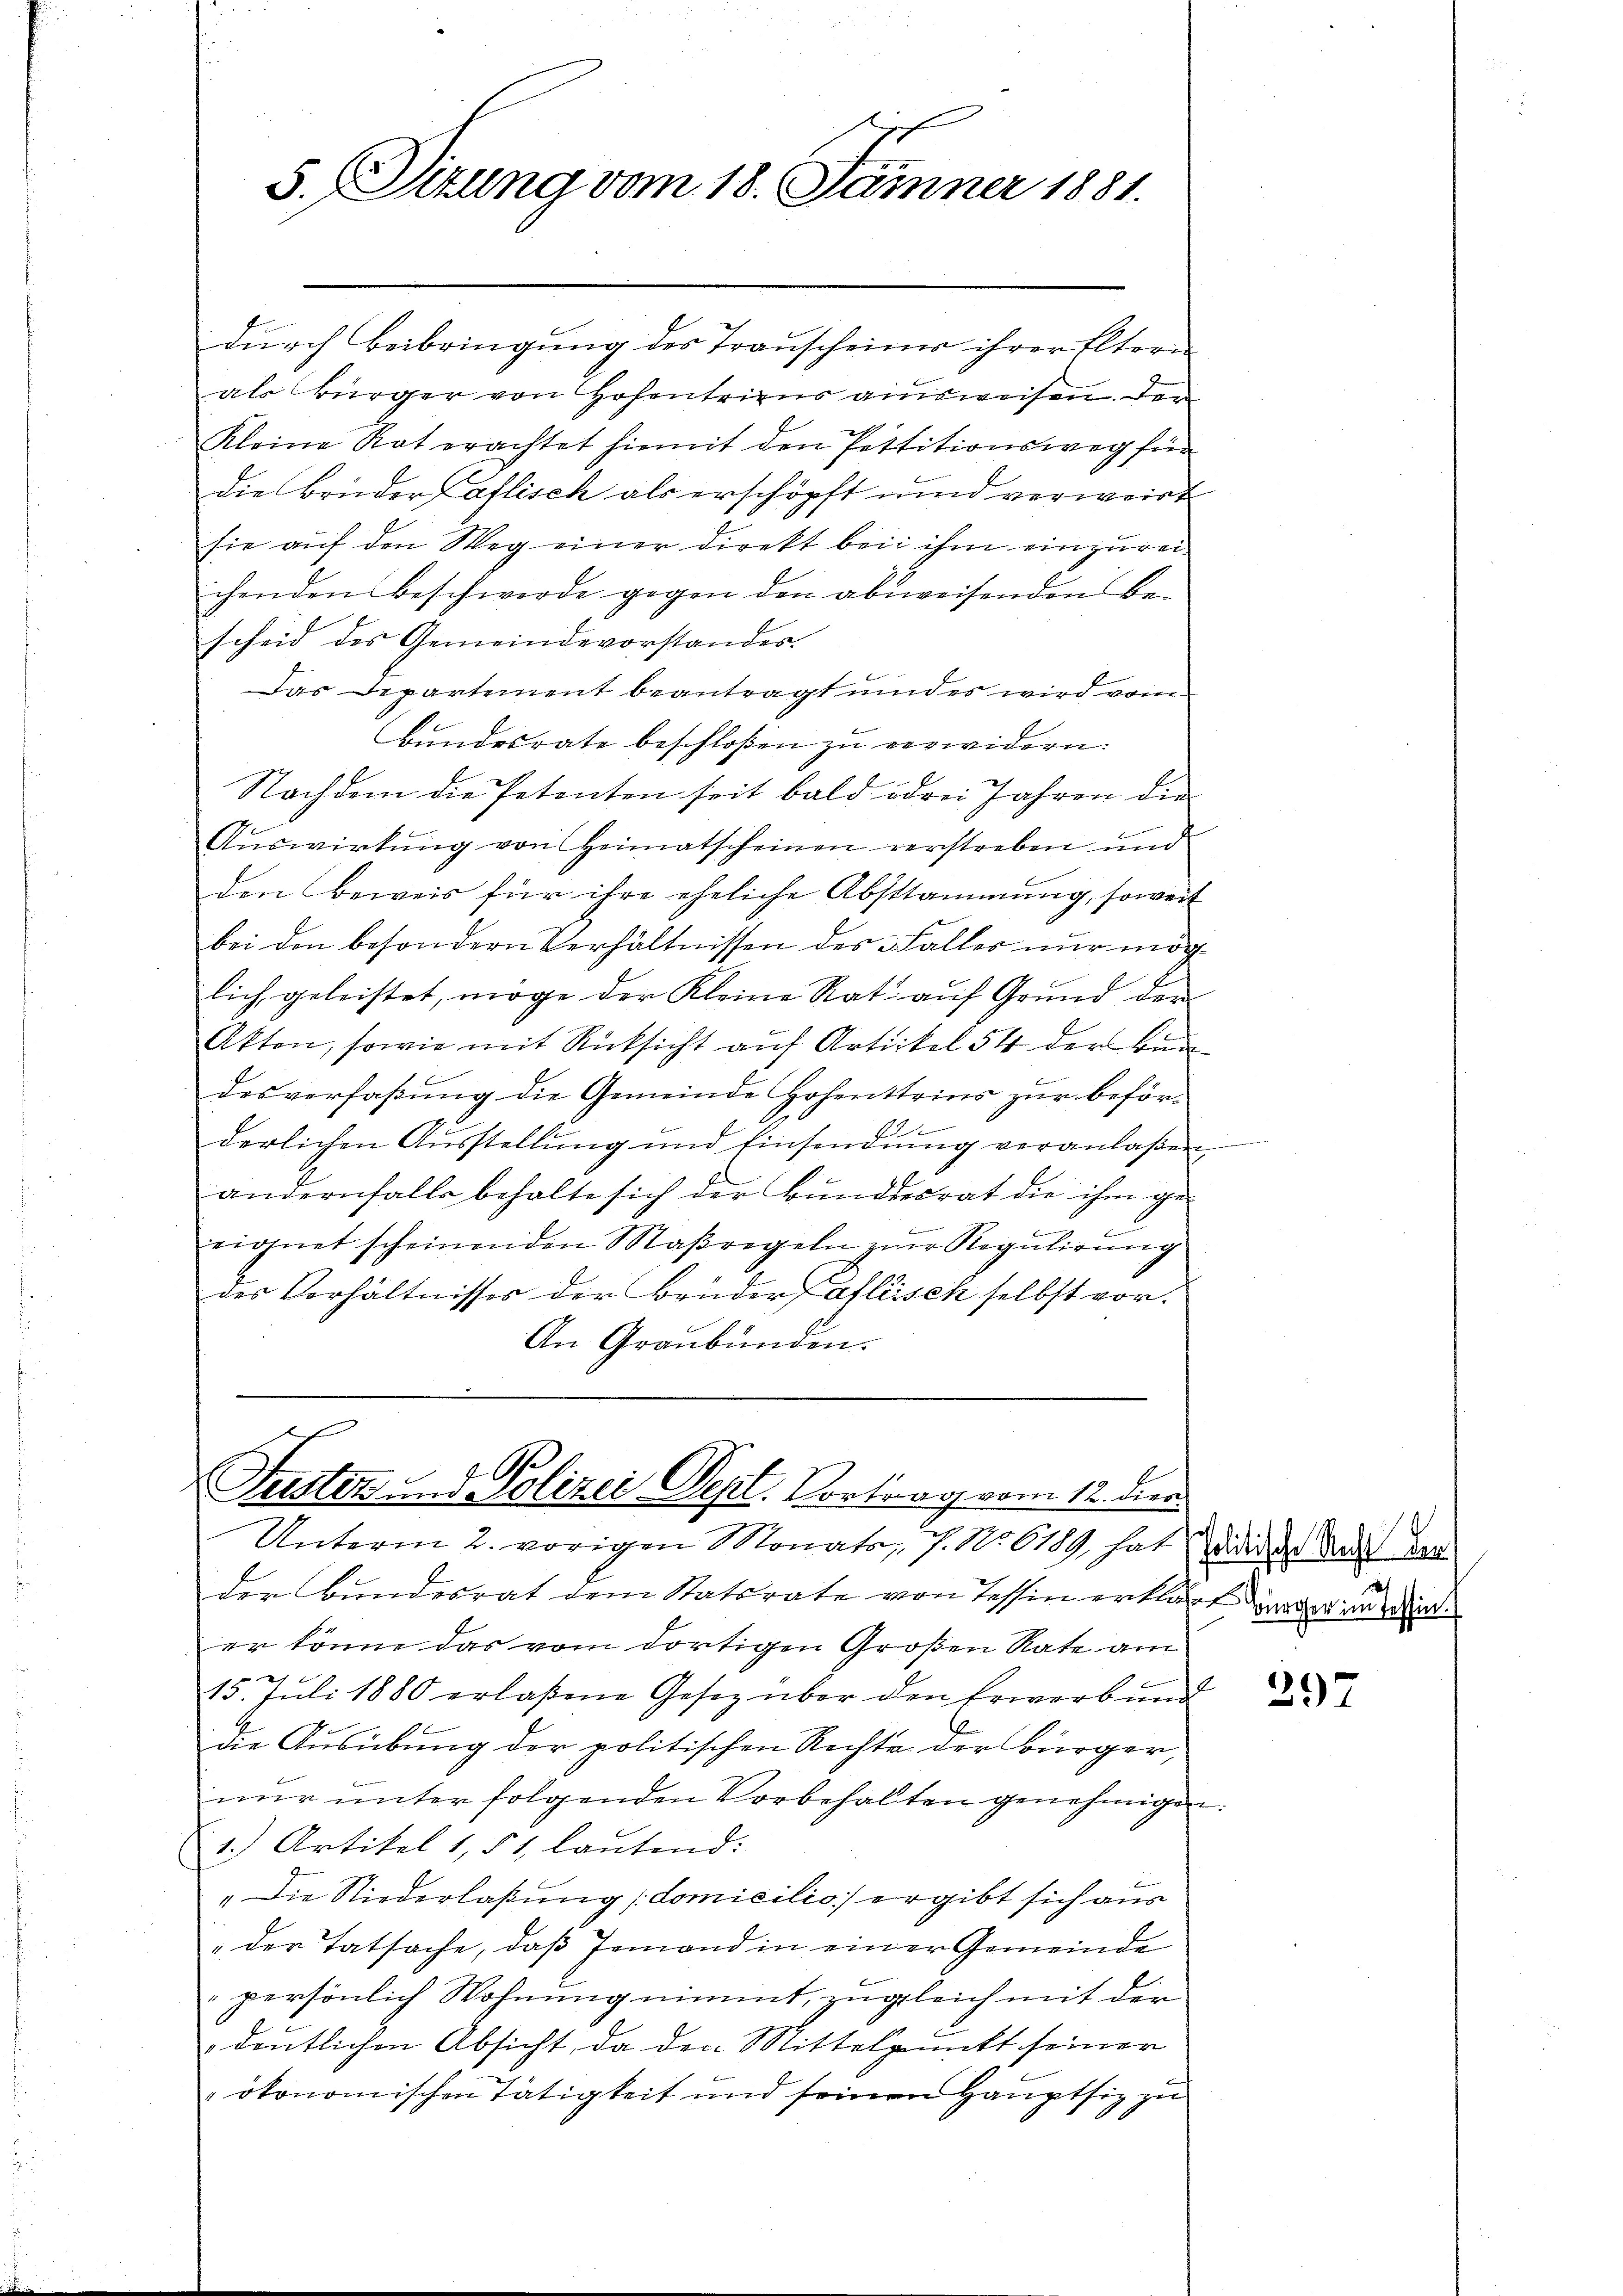
5. Situng vom 18. Jänner 1881.

dŭrch Beibringung des Transcheiner ihrer Eltern
als Bürger von Hohentriens ausweisen. Der
Kleine Rat erachtet hiemit den Pettitionsweg für
die Brüder Caflisch als erschöpft und verweist
sie auf den Weg einer Direkt bei ihm einzureichenden Beschwerde gegen den abweisenden Be-
scheid des Gemeindevorstandes.
Das Departement beantragt und es wird von
Bundesrate beschloßen zu verwidern.
Nachdem die Petenten seit bald odrei Jahren die
Auswirkung von Heimatscheinen verstreben und
den Beweis für ihre eheliche Abstammung, soweit
bei den besondern Verhältnissen des Faller nur mög
lich geleistet, möge der Kleine Rat auf Grund den
Akten, sowie mit Rücksicht auf Artickel 54 der Bundesverfaßung die Gemeinde Hohensteins zur beförb
derlichen Aŭsstellŭng und Einsendŭng veranlaßen,
andernfalls behalte sich der Bundesrat die ihm geeignet scheinenden Maßregeln zur Regulirung
des Verhältnisses der Brüder Pallisch selbst vor.
An Graubünden.

Futter und Polizei Dept. Vortrag vom 12. der
Unterm 2. vorigen Monats, 7. No 6189, hat Widder Rath das

der Bundesrat dem Statsrate von Tessin erklärt der in
er könne das vom dortigen Großen Rate am
15. Juli 1880 erlassene Gesez über den Erwerb und
die Ausübung der politischen Rechte der Bürger,
nur unter folgenden Vorbehalten genehmigen:
1.) Artikel 1, § 1, lautend:
"Die Niederlaßung domicilio ergibt sich aus
„der Tatsache, daß Jemand in einer Gemeinde
persönlich Wohnung nimmt, zugleich mit der
deutlichen Absicht, da den Mittelpunkt seiner
ökonomischen Tätigkeit und seinen Hauptsiz zu

297